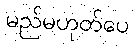
မည်မဟုတ်ပေ